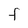
Character: F